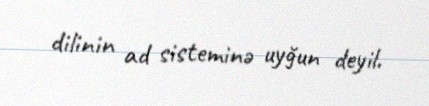
dilinin ad sisteminə uyğun deyil.